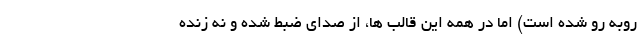
روبه رو شده است) اما در همه این قالب ها، از صدای ضبط شده و نه زنده